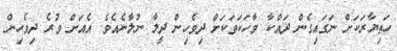
ހަތިޔާރަކަށް ނަގައިގެން ދައްކާ ވާހަކަތަކަށް ދިވެހިން ދީލާ ނުލާނެއެވެ. އެއަށް ވުރެ ދިވެހިން